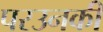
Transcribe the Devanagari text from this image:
परउनकी